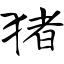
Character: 猪